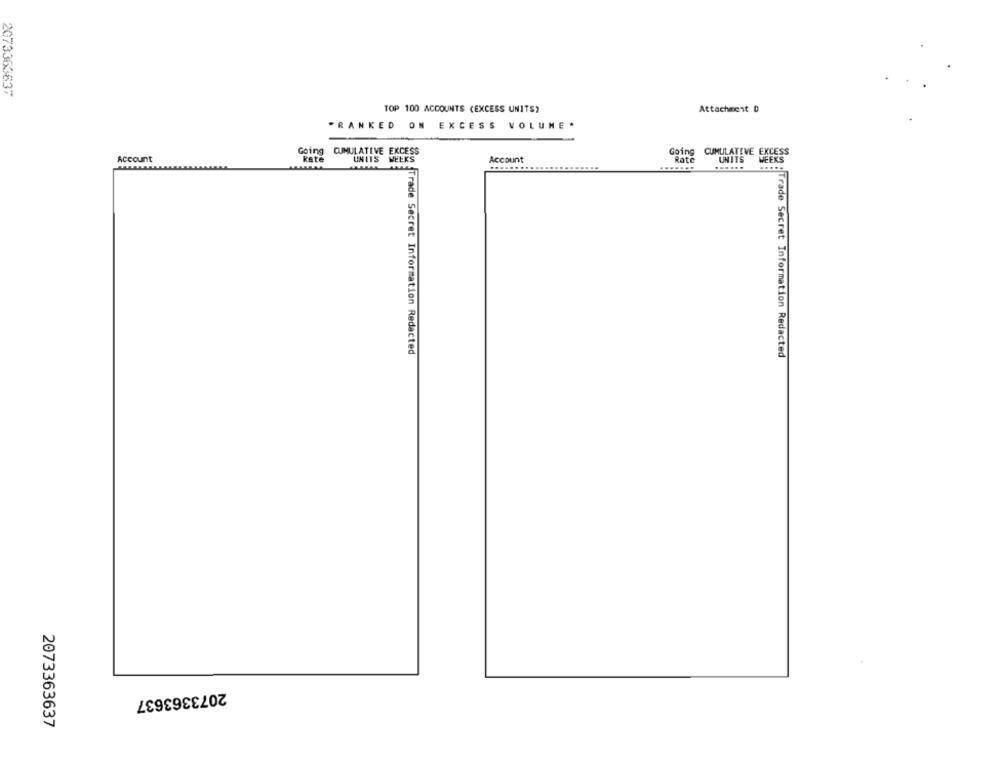
2073363637
TOP 100 ACCOUNTS (EXCESS UNITS)
Attachment D
"RANKED
ON EXCESS VOLUME *
Going CUMULATIVE EXCESS
Going CUMULATIVE EXCESS
Account
kate
UNITS WEEKS
Account
Rate
UNITS
WEEKS
Trade Secret Information Redacted
Trade Secret Information Redacted
2073363637
2073363637